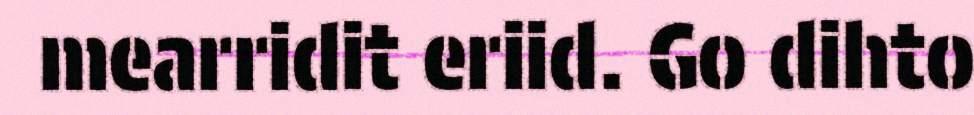
mearridit eriid. Go dihto